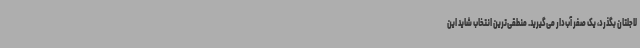
لاجلتان بگذرد، یک صفر آب‌دار می‌گیرید. منطقی‌ترین انتخاب شاید این